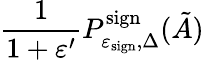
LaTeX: \frac{1}{1+\varepsilon^{\prime}}P_{\varepsilon_{\mathrm{sign}},\Delta}^{\mathrm{sign}}(\tilde{A})